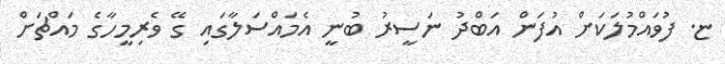
ޏ. ފުވައްމުލަކަށް އުފަން އަބްދު ނަސީރު ބުނީ އެމައްސަލާގައި ގޭ ވެރިމީހާގެ މައްޗަށް